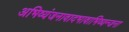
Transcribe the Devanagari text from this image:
अभिव्यंजनावादभावाभिव्यन्जना